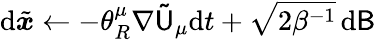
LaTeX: \mathrm{d}\tilde{{\boldsymbol{x}}}\gets-\theta_{R}^{\mu}\nabla\mathsf{\tilde{U}}_{\mu}\mathrm{d}t+\sqrt{2\beta^{-1}}\, \mathrm{d}\mathsf{B}